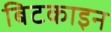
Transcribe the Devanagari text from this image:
बिटकाइन